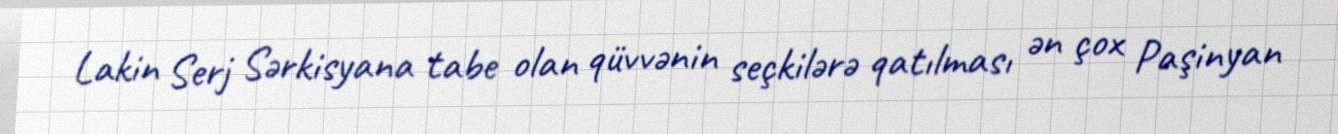
Lakin Serj Sərkisyana tabe olan qüvvənin seçkilərə qatılması ən çox Paşinyan